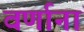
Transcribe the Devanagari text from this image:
वर्णानां